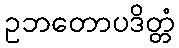
ဥဘတောပဒိတ္တံ